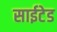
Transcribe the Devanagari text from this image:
साईटेड